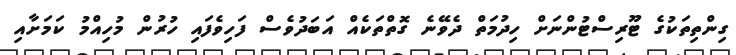
ގިންތިތަކުގެ ޓޫރިސްޓުންނަށް ހިދުމަތް ދެވޭނެ ގޮތްތަކެއް އަބަދުވެސް ފަހިވެފައި ހުރުން މުހިއްމު ކަމަށާއި